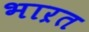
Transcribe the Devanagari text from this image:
भाऱत